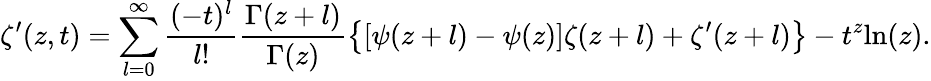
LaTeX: \zeta^{\prime}(z,t)=\sum_{l=0}^{\infty}\frac{(-t)^{l}}{l!}\frac{\Gamma(z+l)}{\Gamma(z)}\left\{ \left[\psi(z+l)-\psi(z)\right]\zeta(z+l)+\zeta^{\prime}(z+l)\right\} -t^{z}\mathrm{ln}(z).